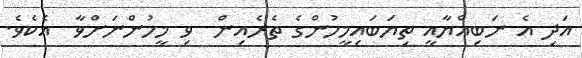
އަދި އެ ނަބިއްޔާއީ ތިޔަބައިމީހުންގެ ތެރެއިން  ވި މީހުންނަށްވާ  އެކެވެ.